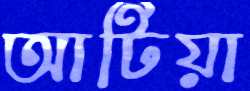
আটিয়া